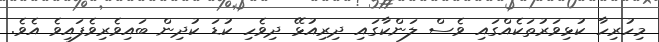
މިހުރިހާ ކުޅިވަރުތަކެއްގައި ވެސް ލަންކާގައި ދިރިއުޅޭ ދިވެހި ކުޑަ ކުދިން ބައިވެރިވެފައިވެ އެވެ.